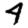
Digit: 4